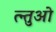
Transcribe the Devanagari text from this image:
त्न्तुओ